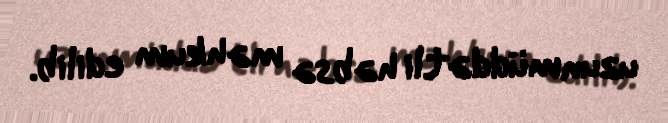
uzunmüddətli həbsə məhkum edilib.